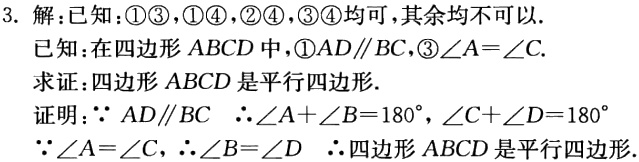
3. 解：已知：\textcircled{1}\textcircled{3}，\textcircled{1}\textcircled{4}，\textcircled{2}\textcircled{4}，\textcircled{3}\textcircled{4}均可，其余均不可以.
已知：在四边形\(ABCD\)中，\textcircled{1}\(AD\parallel BC\)，\textcircled{3}\(\angle A = \angle C\).
求证：四边形\(ABCD\)是平行四边形.
证明：\(\because AD\parallel BC\) \(\therefore\angle A+\angle B = 180^{\circ}\)，\(\angle C+\angle D = 180^{\circ}\)
\(\because\angle A=\angle C\)，\(\therefore\angle B=\angle D\) \(\therefore\)四边形\(ABCD\)是平行四边形.